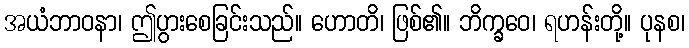
အယံဘာဝနာ၊ ဤပွားစေခြင်းသည်။ ဟောတိ၊ ဖြစ်၏။ ဘိက္ခဝေ၊ ရဟန်းတို့။ ပုနစ၊